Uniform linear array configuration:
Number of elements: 32
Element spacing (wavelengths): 0.5
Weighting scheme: kaiser
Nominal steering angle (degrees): -15
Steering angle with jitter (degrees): -14.522
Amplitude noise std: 0.05
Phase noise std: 0.05

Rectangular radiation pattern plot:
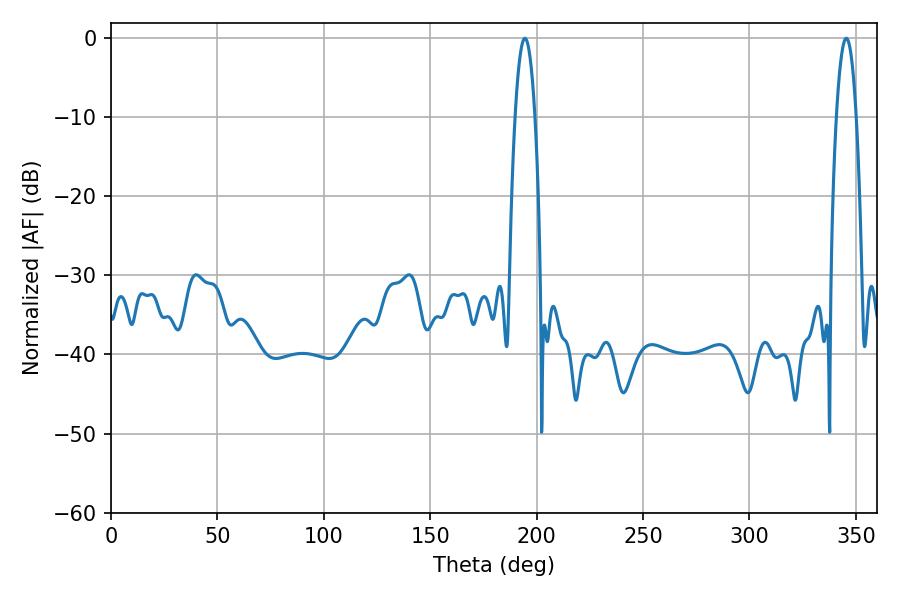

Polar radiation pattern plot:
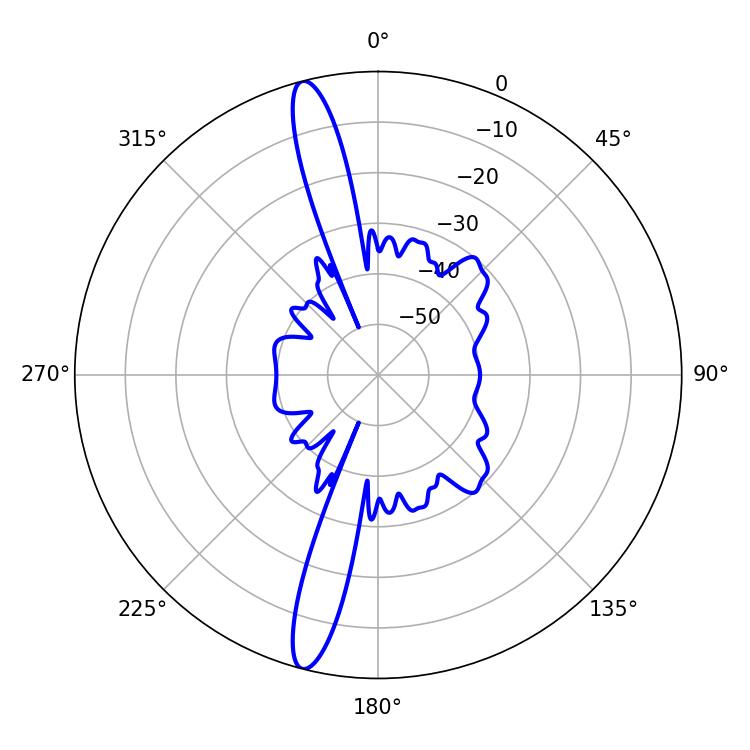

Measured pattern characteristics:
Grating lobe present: FALSE
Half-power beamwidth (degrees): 5.22
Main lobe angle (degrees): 345.42